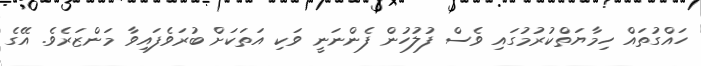
ހައްގުތައް ހިމާޔަތްކުރުމުގައި ވެސް ފުލުހުން ފެންނަނީ ވަކި އަތަކަށް ބުރަވެފައިވާ މަންޒަރެވެ. އޭގެ